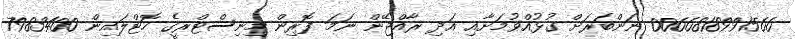
0066818991566 ނަންބަރަށް ގުޅުއްވުމަށާއި އަދި ރާއްޖޭން ނަމަ ފޮރިން މިނިސްޓްރީގެ ހޮޓްލައިން 7983400